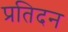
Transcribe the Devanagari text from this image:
प्रतिदन